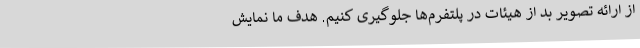
از ارائه تصویر بد از هیئات در پلتفرم‌ها جلوگیری کنیم. هدف ما نمایش